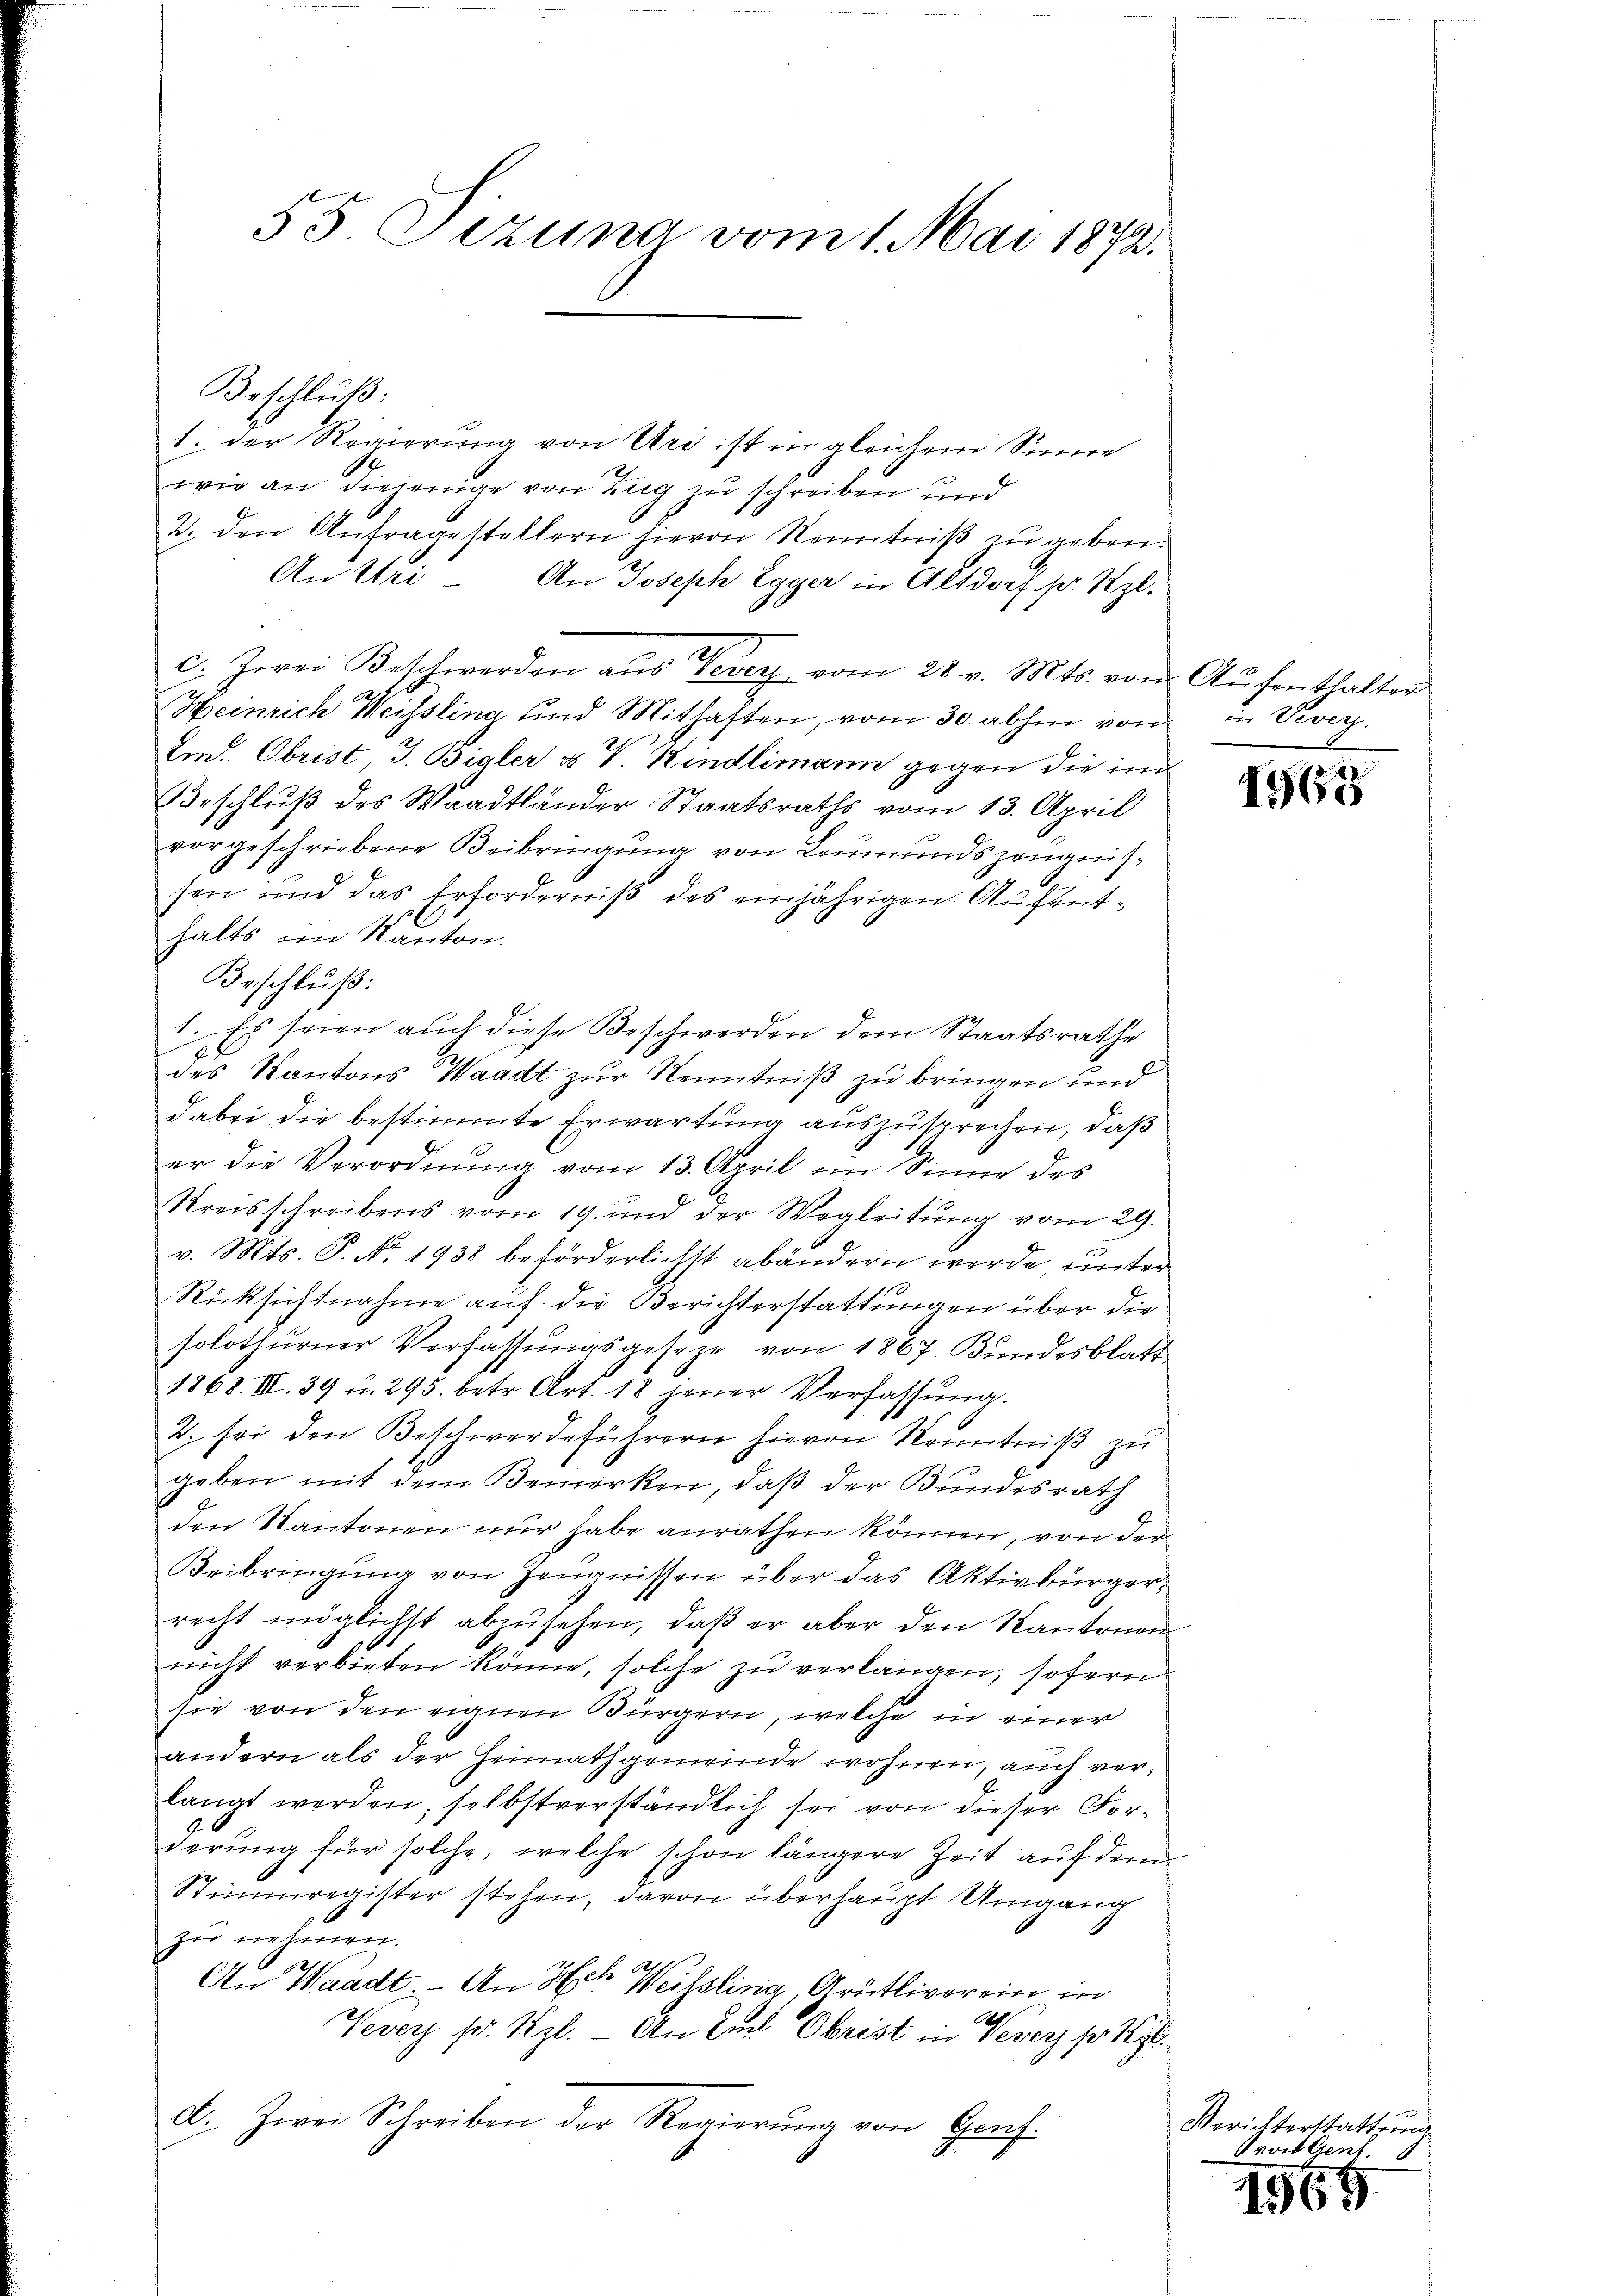
55 Sezuna vom 1. Mai 1872.

1. der Regierung von Uri ist in gleichem Sinne
wie an diejenige von Zug zu schreiben und
2. den Anfragestellern hievon Kenntniß zu geben.
An Uri - An Joseph Egger in Altdorf pr. Kgl.
c. Zwei Beschwerden aŭs Vevey vom 28. v. Mts. von Aŭfenthalter
Heinrich Weissling und Mithaften, vom 30. abhin von in Vevey.
Im. Obrist, J. Bialer & V. Kindlimann gegen die im
Beschluß des Waadtländer Staatsraths vom 13. April
vorgeschriebene Beibringung von Leumundszeugnissen und das Erforderniß des einjährigen Aufenthalts im Kanton.
Beschluß:
1. Es seien auch diese Beschwerden dem Staatsrathe
des Kantons Waadt zur Kenntniß zu bringen und
dabei die bestimmte Erwartung auszusprechen, daß
er die Verordnŭng vom 13. April im Sinne des
Kreisschreibens vom 19. und der Wegleitung vom 29.
v. Mts. S. No. 1938 beförderlichst abändern werde, unter
Rücksichtnahme auf die Berichterstattungen über die
solothurner Verfassungsgeseze von 1867. Bundesblatt
1868. III. 39 u. 295. betr. Art. 18 jener Verfassŭng.
2. sei den Beschwerdeführern hievon Kenntniß zu
geben mit dem Bemerken, daß der Bundesrath
den Kantonen nur habe anrathen können, von der
Beibringung von Zeugnissen über das Aktivbürgerrecht möglichst abzŭsehen, daβ er aber den Kantonen
richt verbieten könne, solche zu verlangen, sofern
sie von den eignen Bürgern, welche in einer
andern als der Heimathgemeinde wohnen, auch verlangt werden, selbstverständlich sei von dieser Forderung für solche, welche schon längere Zeit auf dem
Stimmregister stehen, davon überhaupt Umgang
zu nehmen.
1
An Waadt. - An Herr Weilslina, Grütliverein in
B
Vevey pr. Kgl. An Ziel Obrist in Sever pr. 129.
A. Zwei Schreiben der Regierŭng von Genf.

Beschluß:

1965

Berichterstattŭng
Pron Gent.

1569